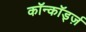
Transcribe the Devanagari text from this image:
कॉन्कॉर्ड्ज़